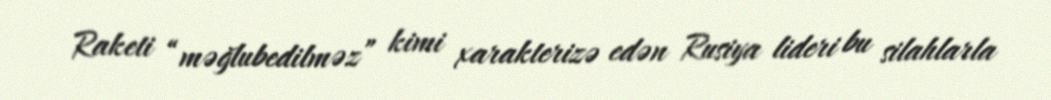
Raketi “məğlubedilməz” kimi xarakterizə edən Rusiya lideri bu silahlarla